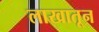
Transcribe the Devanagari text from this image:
लाखातून